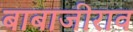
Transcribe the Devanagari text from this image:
बाबाजीराव